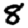
Digit: 8